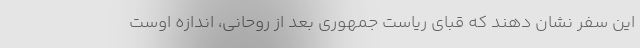
این سفر نشان دهند که قبای ریاست جمهوری بعد از روحانی، اندازه اوست